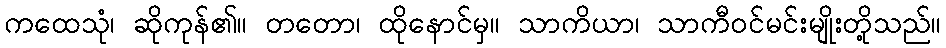
ကထေသုံ၊ ဆိုကုန်၏။ တတော၊ ထိုနောင်မှ။ သာကိယာ၊ သာကီဝင်မင်းမျိုးတို့သည်။